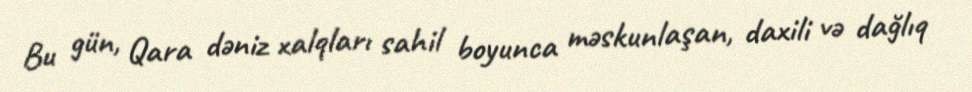
Bu gün, Qara dəniz xalqları sahil boyunca məskunlaşan, daxili və dağlıq